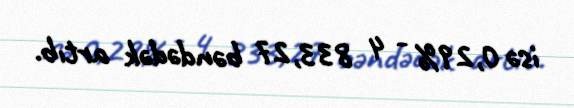
isə 0,29% - 4 833,27 bəndədək artıb.